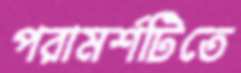
পরামর্শটিতে